Report on the working of the Ranchi Indian Mental Hospital, Kanke, in Bihar and Orissa - 1930-1940
Year: 1930
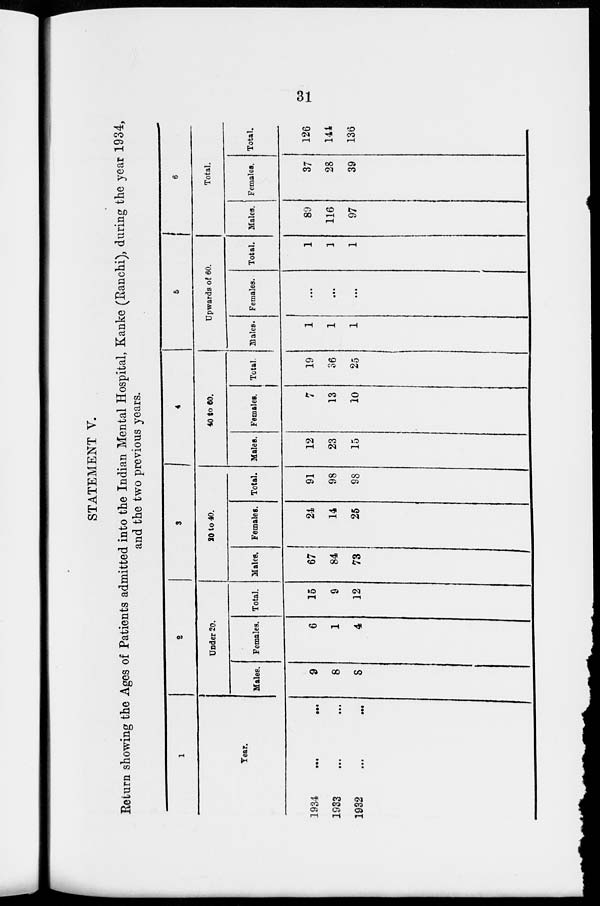
31
STATEMENT V.
Return showing the Ages of Patients admitted into the Indian Mental Hospital, Kanke (Ranchi), during the year 1934,
and the two previous years.
1
Year.
1934
...
...
1933 ... ...
1932 ... ...
2
Under 20.
Males.
9
8
8
Females.
6
1
4
Total.
15
9
12
3
20 to 40.
Males.
67
84
73
Females.
24
14
25
Total.
91
98
98
4
40 to 60.
Males.
12
23
15
Females.
7
13
10
Total.
19
36
25
5
Upwards of 60.
Males.
1
1
1
Females.
...
...
...
Total.
1
1
1
6
Total.
Males.
89
116
97
Females.
37
28
39
Total.
126
144
136